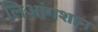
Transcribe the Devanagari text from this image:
लिआंगशान